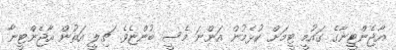
އާޖެންޓީނާގެ ގައުމީ ޓީމަށް ކުޅެމުން އަންނަ މެސީ ބުންޏެވެ. ޗިލީ އަތުން އާޖެންޓީނާ